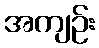
အကျဉ်း